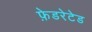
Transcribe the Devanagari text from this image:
फ़ेडरेटेड